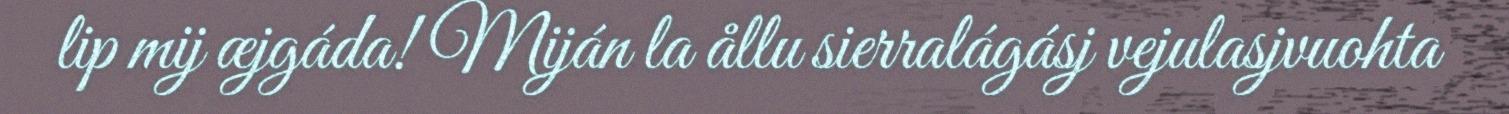
lip mij æjgáda! Miján la ållu sierralágásj vejulasjvuohta